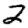
Digit: 2